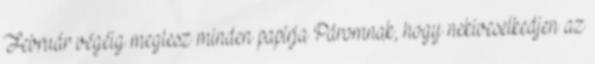
Február végéig meglesz minden papírja Páromnak, hogy nekiveselkedjen az